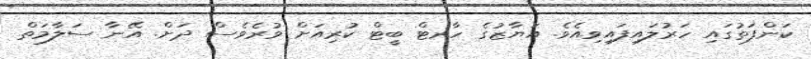
ކަންފަތުގައި ހަރުލައިފައިވިއެވެ. އަޔާޒުގެ ހާރޓް ބީޓް ކުރިއަށް ވުރެވެސް ދަށް. އޭނާ ސަލާމަތް